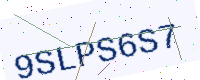
Text: 9SLPS6S7